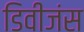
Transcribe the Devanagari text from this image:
डिवीजंस